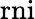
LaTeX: \operatorname{rni}